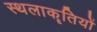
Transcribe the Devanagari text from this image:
स्थलाकॄतियों